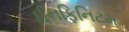
ઈનફિનિટમ